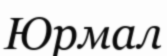
Юрмал